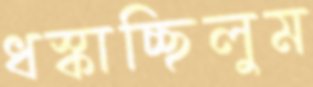
ধস্‌কাচ্ছিলুম